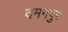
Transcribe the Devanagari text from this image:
दमनपुर